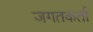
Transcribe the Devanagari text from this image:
जगतकर्ता